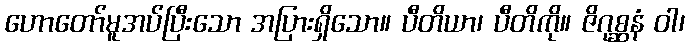
ဟောတော်မူအပ်ပြီးသော အပြားရှိသော။ ပီတိယာ၊ ပီတိကို။ ဇိဂုစ္ဆနံ ဝါ၊